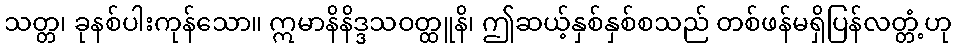
သတ္တ၊ ခုနစ်ပါးကုန်သော။ ဣမာနိနိဒ္ဒသဝတ္ထူနိ၊ ဤဆယ့်နှစ်နှစ်စသည် တစ်ဖန်မရှိပြန်လတ္တံ့ဟု